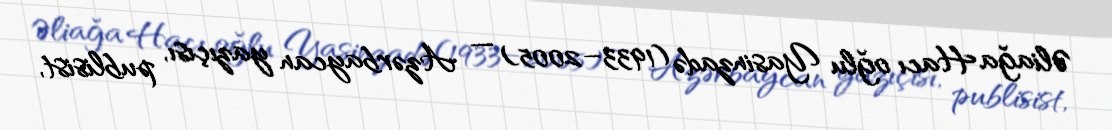
Əliağa Hacı oğlu Yasinzadə (1933–2005) — Azərbaycan yazıçısı, publisist,